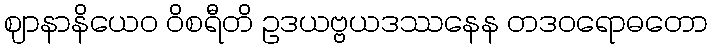
ဈာနာနိယေဝ ဝိစရီတိ ဥဒယဗ္ဗယဒဿနေန တဒဝရောဓတော